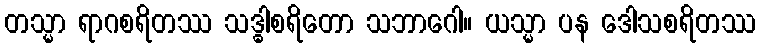
တသ္မာ ရာဂစရိတဿ သဒ္ဓါစရိတော သဘာဂေါ။ ယသ္မာ ပန ဒေါသစရိတဿ